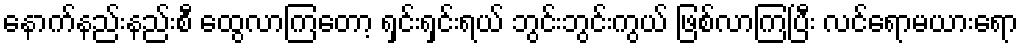
နောက်နည်းနည်းစီ ထွေလာကြတော့ ရှင်းရှင်းရယ် ဘွင်းဘွင်းကွယ် ဖြစ်လာကြပြီး လင်ရောမယားရော